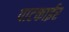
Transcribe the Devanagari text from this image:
पाटकाईर